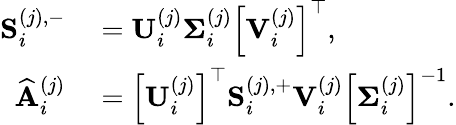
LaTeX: \begin{array}{rl}{\mathbf{S}_{i}^{(j),-}}&{{}=\mathbf{U}_{i}^{(j)}\mathbf{\Sigma}_{i}^{(j)}\left[\mathbf{V}_{i}^{(j)}\right]^{\top},}\\ {\widehat{\mathbf{A}}_{i}^{(j)}}&{{}=\left[\mathbf{U}_{i}^{(j)}\right]^{\top}\mathbf{S}_{i}^{(j),+}\mathbf{V}_{i}^{(j)}\left[\mathbf{\Sigma}_{i}^{(j)}\right]^{-1}.}\end{array}